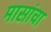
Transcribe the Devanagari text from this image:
मासांचा